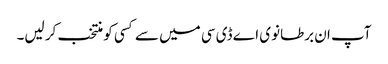
آپ ان برطانوی اے ڈی سی میں سے کسی کو منتخب کر لیں۔